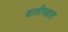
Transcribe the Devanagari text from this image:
वालीपश्चात